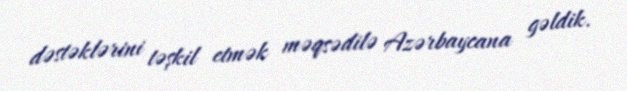
dəstəklərini təşkil etmək məqsədilə Azərbaycana gəldik.